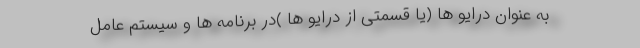
به عنوان درایو ها (یا قسمتی از درایو ها )در برنامه ها و سیستم عامل